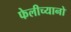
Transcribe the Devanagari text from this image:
फेलीच्यानो